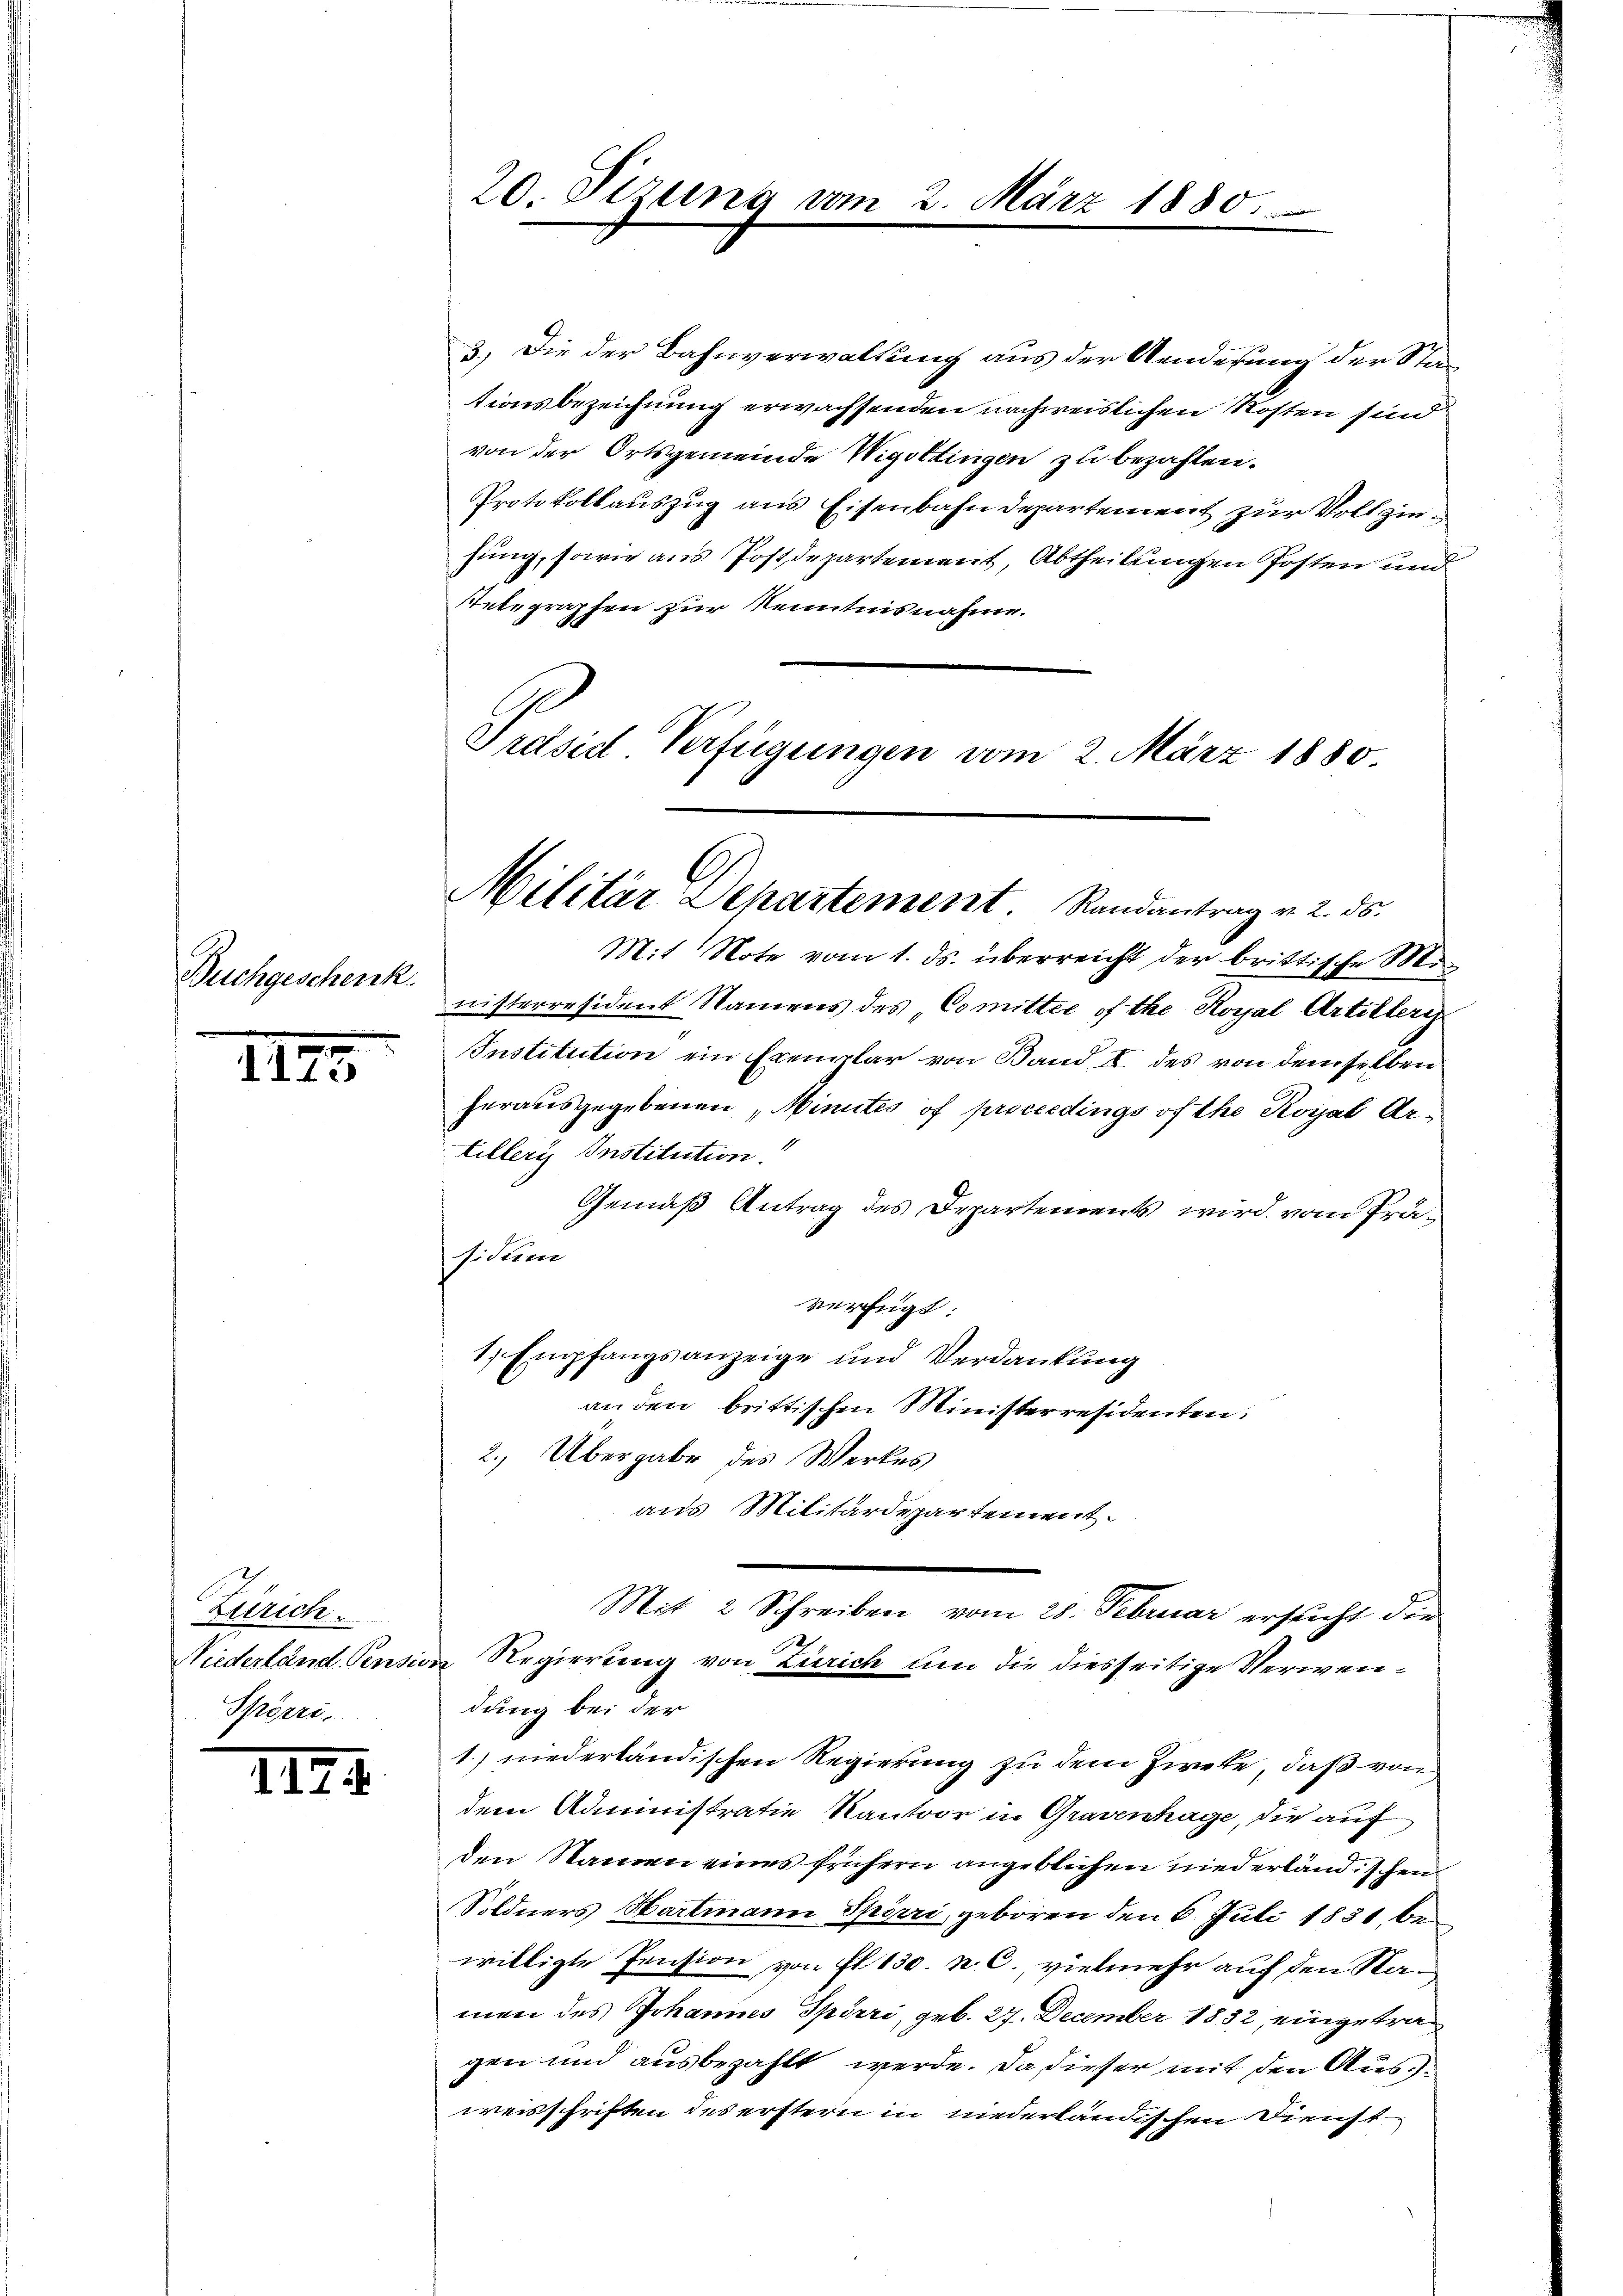
Buchgeschenk.

III

Berrich
Niederland Pension
Weiere

1174

3.) Die der Bahnverwaltung aus der Aenderung der Stationsbezeichnung erwachsenden nachweislichen Kosten sind
von der Ortsgemeinde Wigottingen zu bezahlen.
Protokollauszug aus Eisenbahndepartement zur Vollziehung, sowie aus Postdepartement, Abtheilungen Posten und
Telegraphen zur Kenntnisnahme.
Präsid. Verfügungen vom 2. März 1880.

20. Sirung vom

Militär Departement. Randantrag v. 2. ds.

März 1880

Mit Note vom 1. ds. überreicht der brittische Ministerresident Namens des Comittie of the Royal Artilleri
Institution ein Exemplar von Band I des von demselben
herausgegebenen, Minutes of proceedings of the Royal Artiller Institution.
Gemäß Antrag des Departements wird vom Präsidium
verfügt:
1. Empfangsanzeige und Verdankung
an den brittischen Ministerresidenten.
2.) Übergabe des Werkes
aus Militärdepartement.
Mit 2 Schreiben vom 28. Februar ersucht die
 Regierung von Zürich um die diesseitige Verwendung bei der
1.) niederländischen Regierung zu dem Ziete, daß von
dem Administratie Kantoor in Gravenhage, die auf
den Namen eines frühern angeblichen niederland. schen
Söldners Hartmann Spörri, geboren den 6. Juli 1831, bewilligte Pension von fl. 130. n. C., vielmehr auf den Stanmen des Johannes Spörri, geb. 27. December 1832, eingetragen und ausbezahlt werde. Da dieser mit den Ausweisschriften des erstern in niederländischen Dienst